Maali_päevik, lk 159
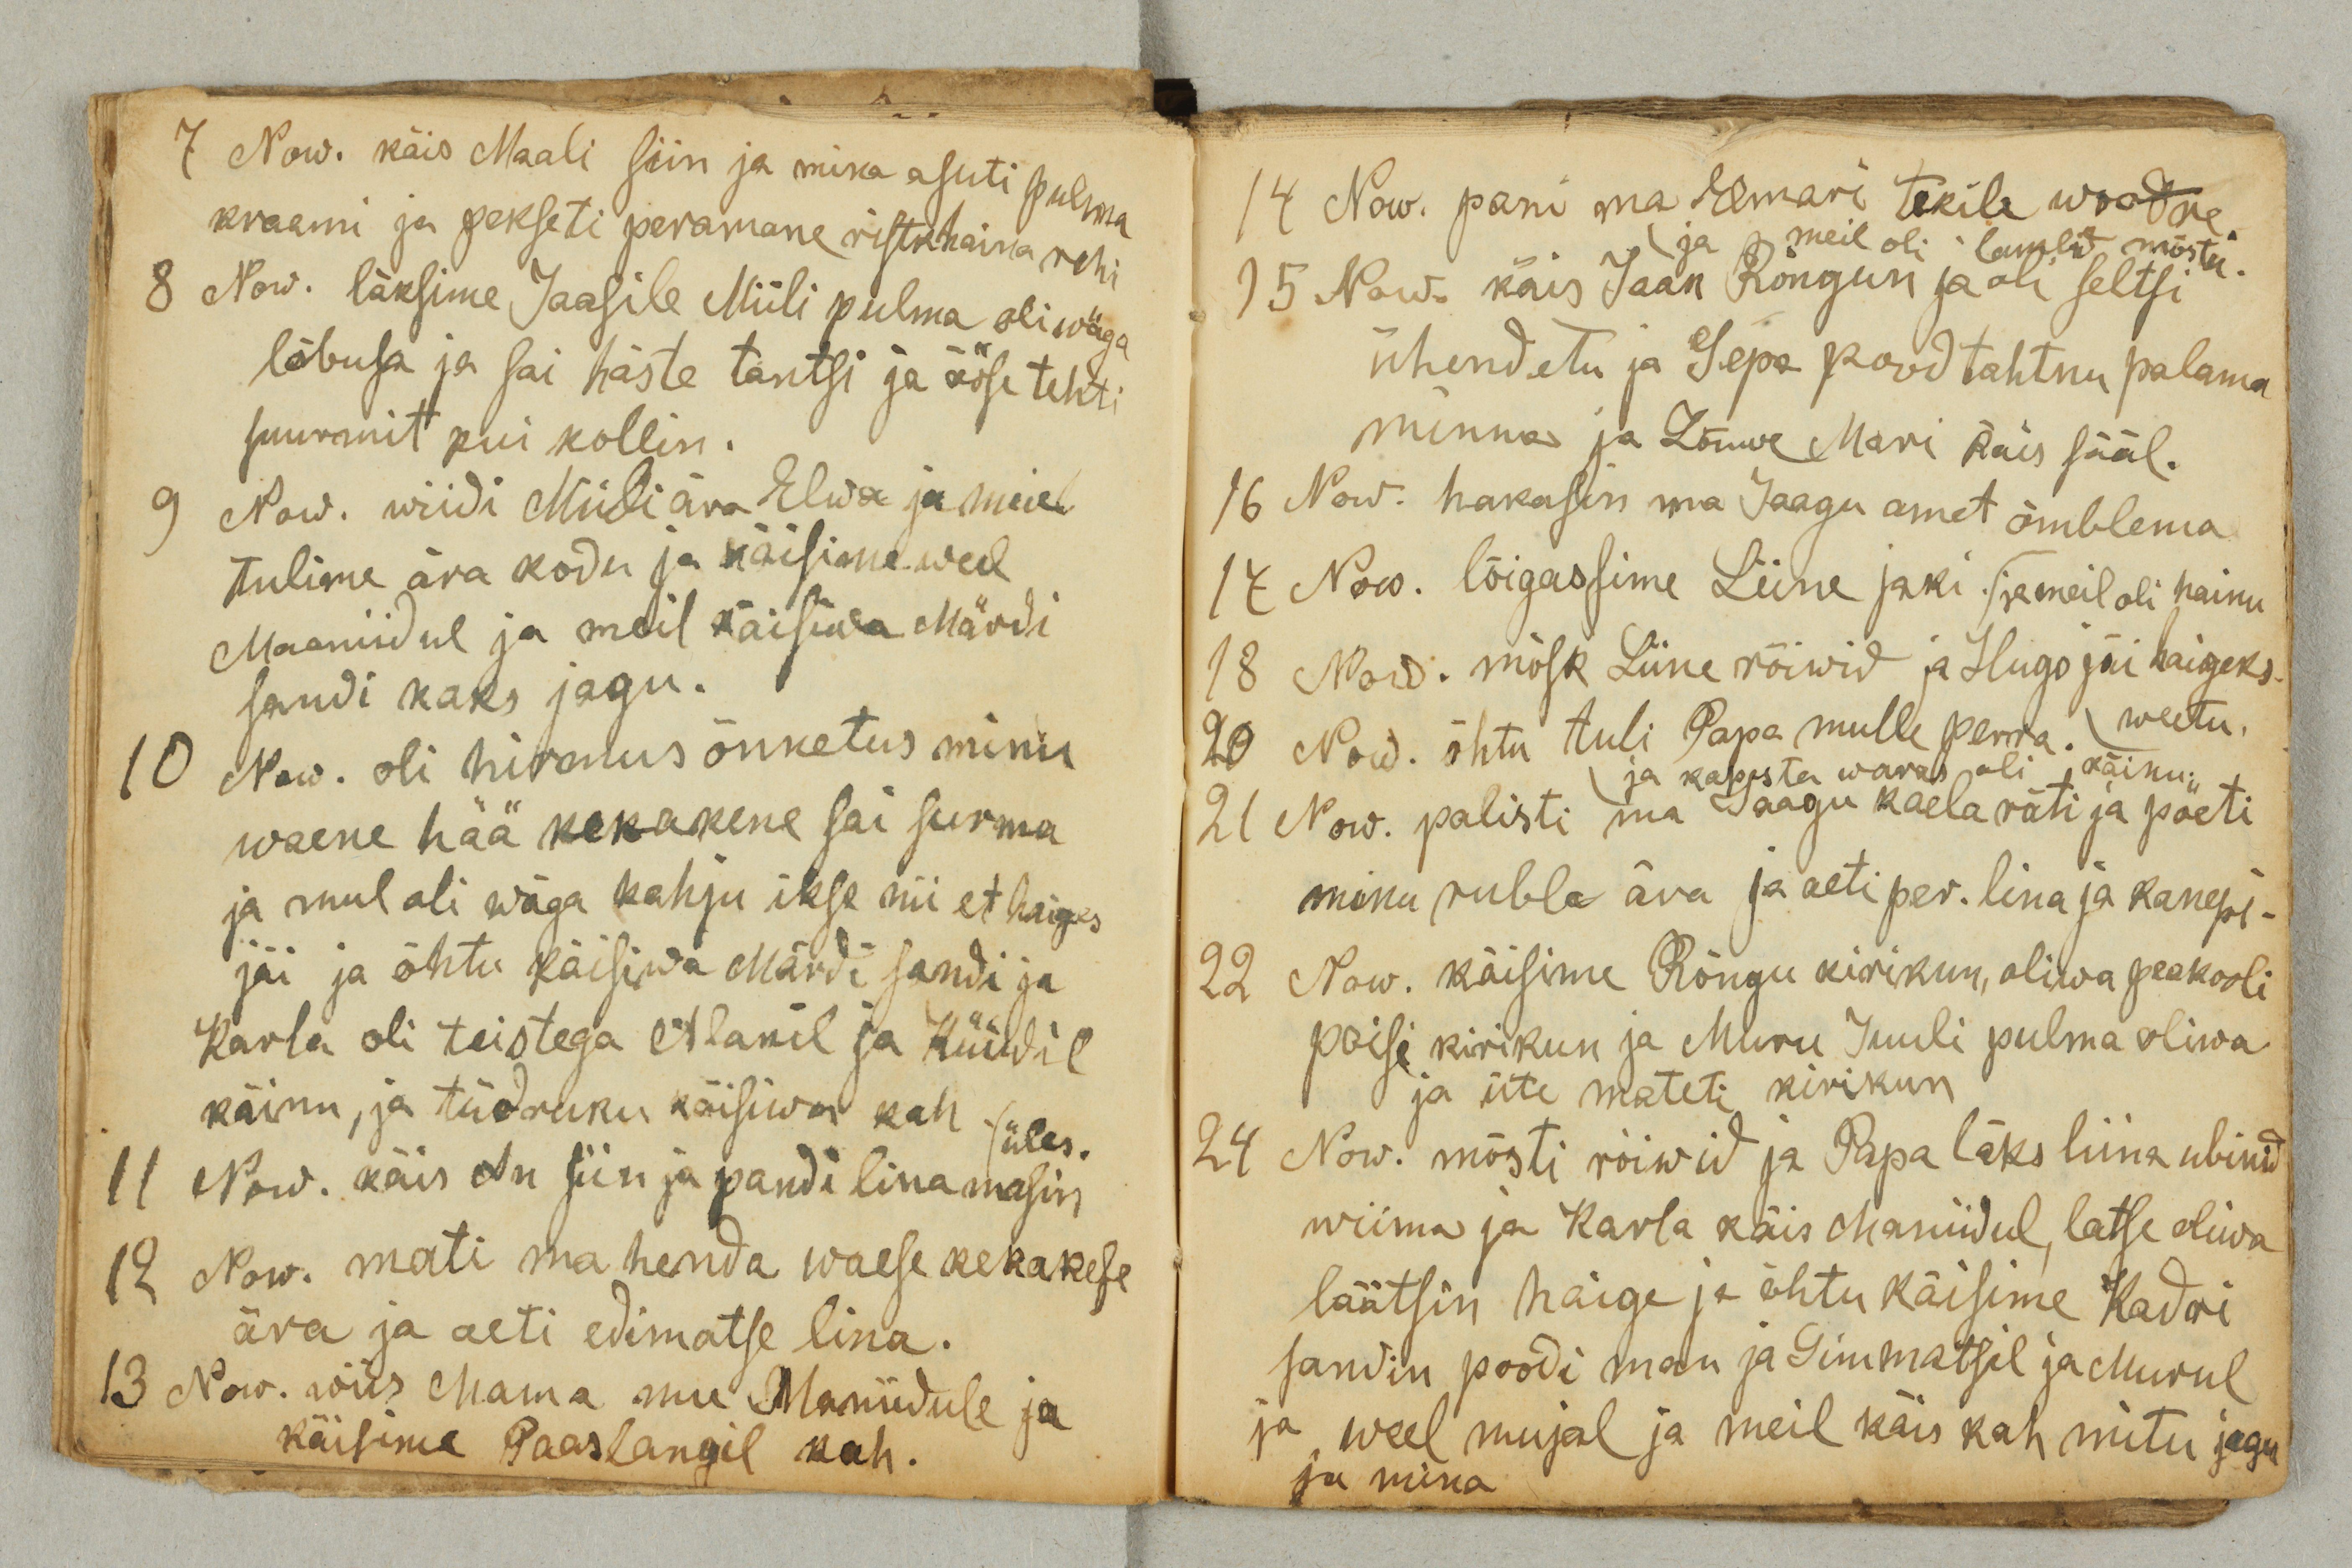
7 Now. käis Maali siin ja mina asuti pulma
kraami ja pekseti peramane ristkhaina rehi
8 Now. läksime Jaasile Miili pulma oli wäga
lõbusa ja sai häste tantsi ja ööse tehti
suurmit kui kollin.
9 Now. wiidi Miili ära Elwa ja meie
tulime ära kodu ja käisime weel
Maaniidul ja meil käisiwa Märdi
sandi kaks jagu.
10 Now. oli hirmus õnnetus minu
waene hää kekakene sai surma
ja mul oli wäga kahju ikse nii et haiges
jäi ja õhtu käisiwa Märdi sandi ja
Karla oli teistega Alanil ja Küüdil
käinu, ja tüdruku käisiwa kah.
üles.
11 Now. käis An siin ja pandi lina masin
12 Now. mati ma henda waese kekakese
ära ja aeti edimatse lina.
13 Now. wiis Mama mu Maniidule ja
käisime Paaslangil kah.

14 Now. pani ma Elmari tekile woodre.
ja meil oli lambid mõstu.
15 Now. käis Jaan Rõngun ja oli seltsi
ühendetu ja Sepa pood tahtnu palama
minna ja Lõwwe Mari käis sääl.
16 Now. hakasin ma Jaagu amet õmblema
17 now. lõigasime Liine jaki. ja meil oli hainu
18 Now. mõsk Liine rõiwid ja Hugo jäi haigeks
weetu.
20 Now. õhtu tuli Papa mulle perra.
ja kapsta waras oli käinu.
21 Now. palisti ma Jaagu kaela räti ja pöeti
minu rubla ära ja aeti per. lina ja kanepi.
22 Now. käisime Rõngu kirikun, oliwa peakooli
poisi kirikun ja Muru Juuli pulma oliwa
ja üte mateti kirikun
24 Now. mõsti rõiwid ja Papa läks liina ubinid
wiima ja Karla käis Maniidul, latse oliwa
läätsin haige ja õhtu käisime Kadri
sandin poodi man ja Simmatsil ja Murul
ja weel mujal ja meil käis kah mitu jagu
ja mina